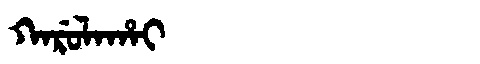
Manchu: ᡴᠠᡵᡠᠯᠠᡥᠠᡳ
Romanization: KARULAHAI